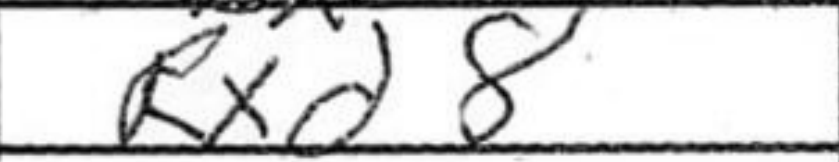
Transcription: Rxd8